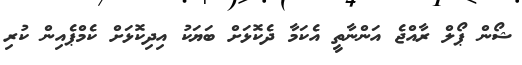
ޝޯން ޕޯލް ރާއްޖެ އަންނާތީ އެކަމާ ދެކޮޅަށް ބަޔަކު އިދިކޮޅަށް ކެމްޕެއިން ކުރި